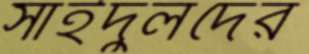
সাইদুলদের